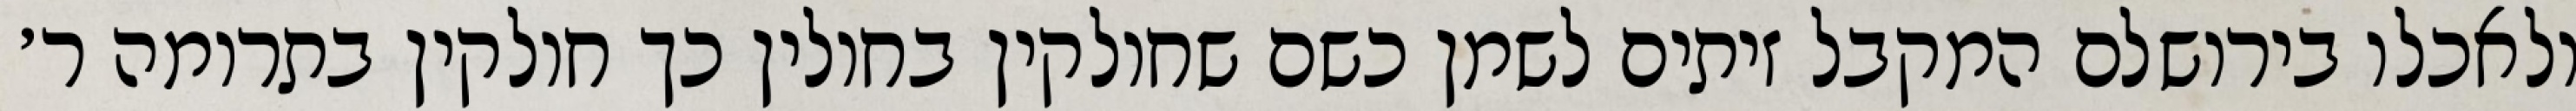
ולאכלו בירושלם המקבל זיתים לשמן כשם שחולקין בחולין כך חולקין בתרומה ר׳